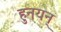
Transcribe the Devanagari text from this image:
हुनयन्